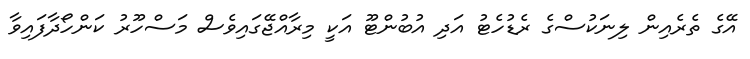
އޭގެ ތެރެއިން ލިނަކުސްގެ ރެޑުހެޓު އަދި އުބުންޓޫ އަކީ މިރާއްޖޭގައިވެސް މަސްހޫރު ކަންހޯދާފައިވާ